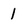
Character: 1